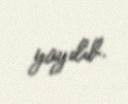
yayılıb.